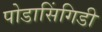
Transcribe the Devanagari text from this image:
पोडासिंगिडी